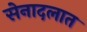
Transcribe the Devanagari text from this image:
सेनादलात